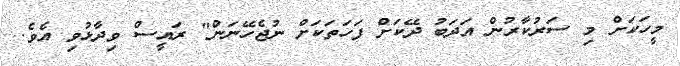
މީހަކަށް މި ސަރުކާރުން އަދަބު ދޭކަށް ފަހަތަކަށް ނުޖެހޭނަން" ރައީސް ވިދާޅުވި އެވެ.